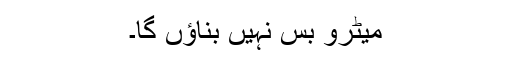
میٹرو بس نہیں بناؤں گا۔